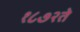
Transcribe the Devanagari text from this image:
१८७२ते